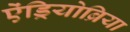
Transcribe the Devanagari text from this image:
ऐंड्रियोब्रिया